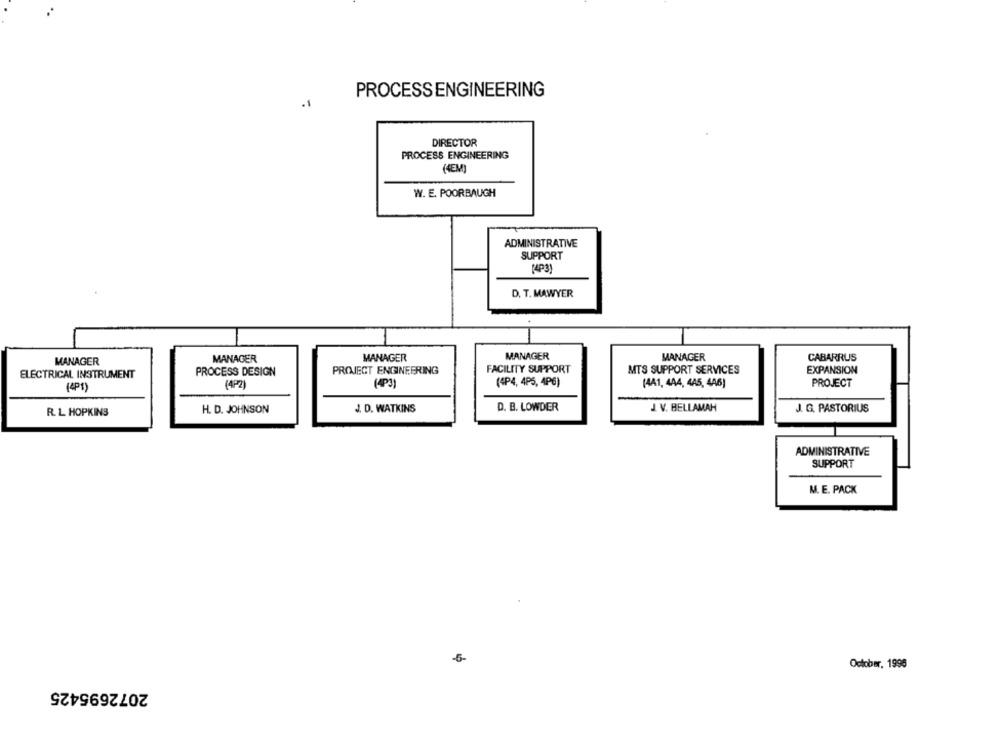
PROCESSENGINEERING
DIRECTOR
PROCESS ENGINEERING
(4EM)
W. E. POORBAUGH
ADMINISTRATIVE
SUPPORT
[4P3)
D. T. MAWYER
MANAGER
MANAGER
MANAGER
CABARRUS
MANAGER
MANAGER
PROCESS DESIGN
PROJECT ENGINEERING
FACILITY SUPPORT
MTS SUPPORT SERVICES
EXPANSION
ELECTRICAL INSTRUMENT
(4P2)
(4P4, 4P5, 4P6)
(441, 444, 4A5, 446)
PROJECT
(4P1)
J. D. WATKINS
D. B. LOWDER
J. V. BELLAMAH
J. G. PASTORIUS
R. L HOPKINS
H. D. JOHNSON
ADMINISTRATIVE
SUPPORT
M. E. PACK
-5-
October, 1996
2072695425